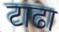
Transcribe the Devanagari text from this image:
टाढा